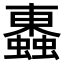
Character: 𧓕